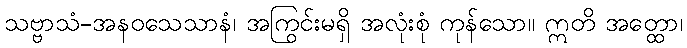
သဗ္ဗာသံ-အနဝသေသာနံ၊ အကြွင်းမရှိ အလုံးစုံ ကုန်သော။ ဣတိ အတ္ထော၊